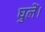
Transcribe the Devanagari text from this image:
घुलें।